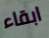
ابقاء